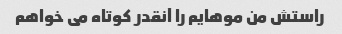
راستش من موهایم را آنقدر کوتاه می خواهم